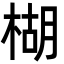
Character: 楜